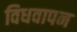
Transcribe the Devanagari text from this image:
विधवापन